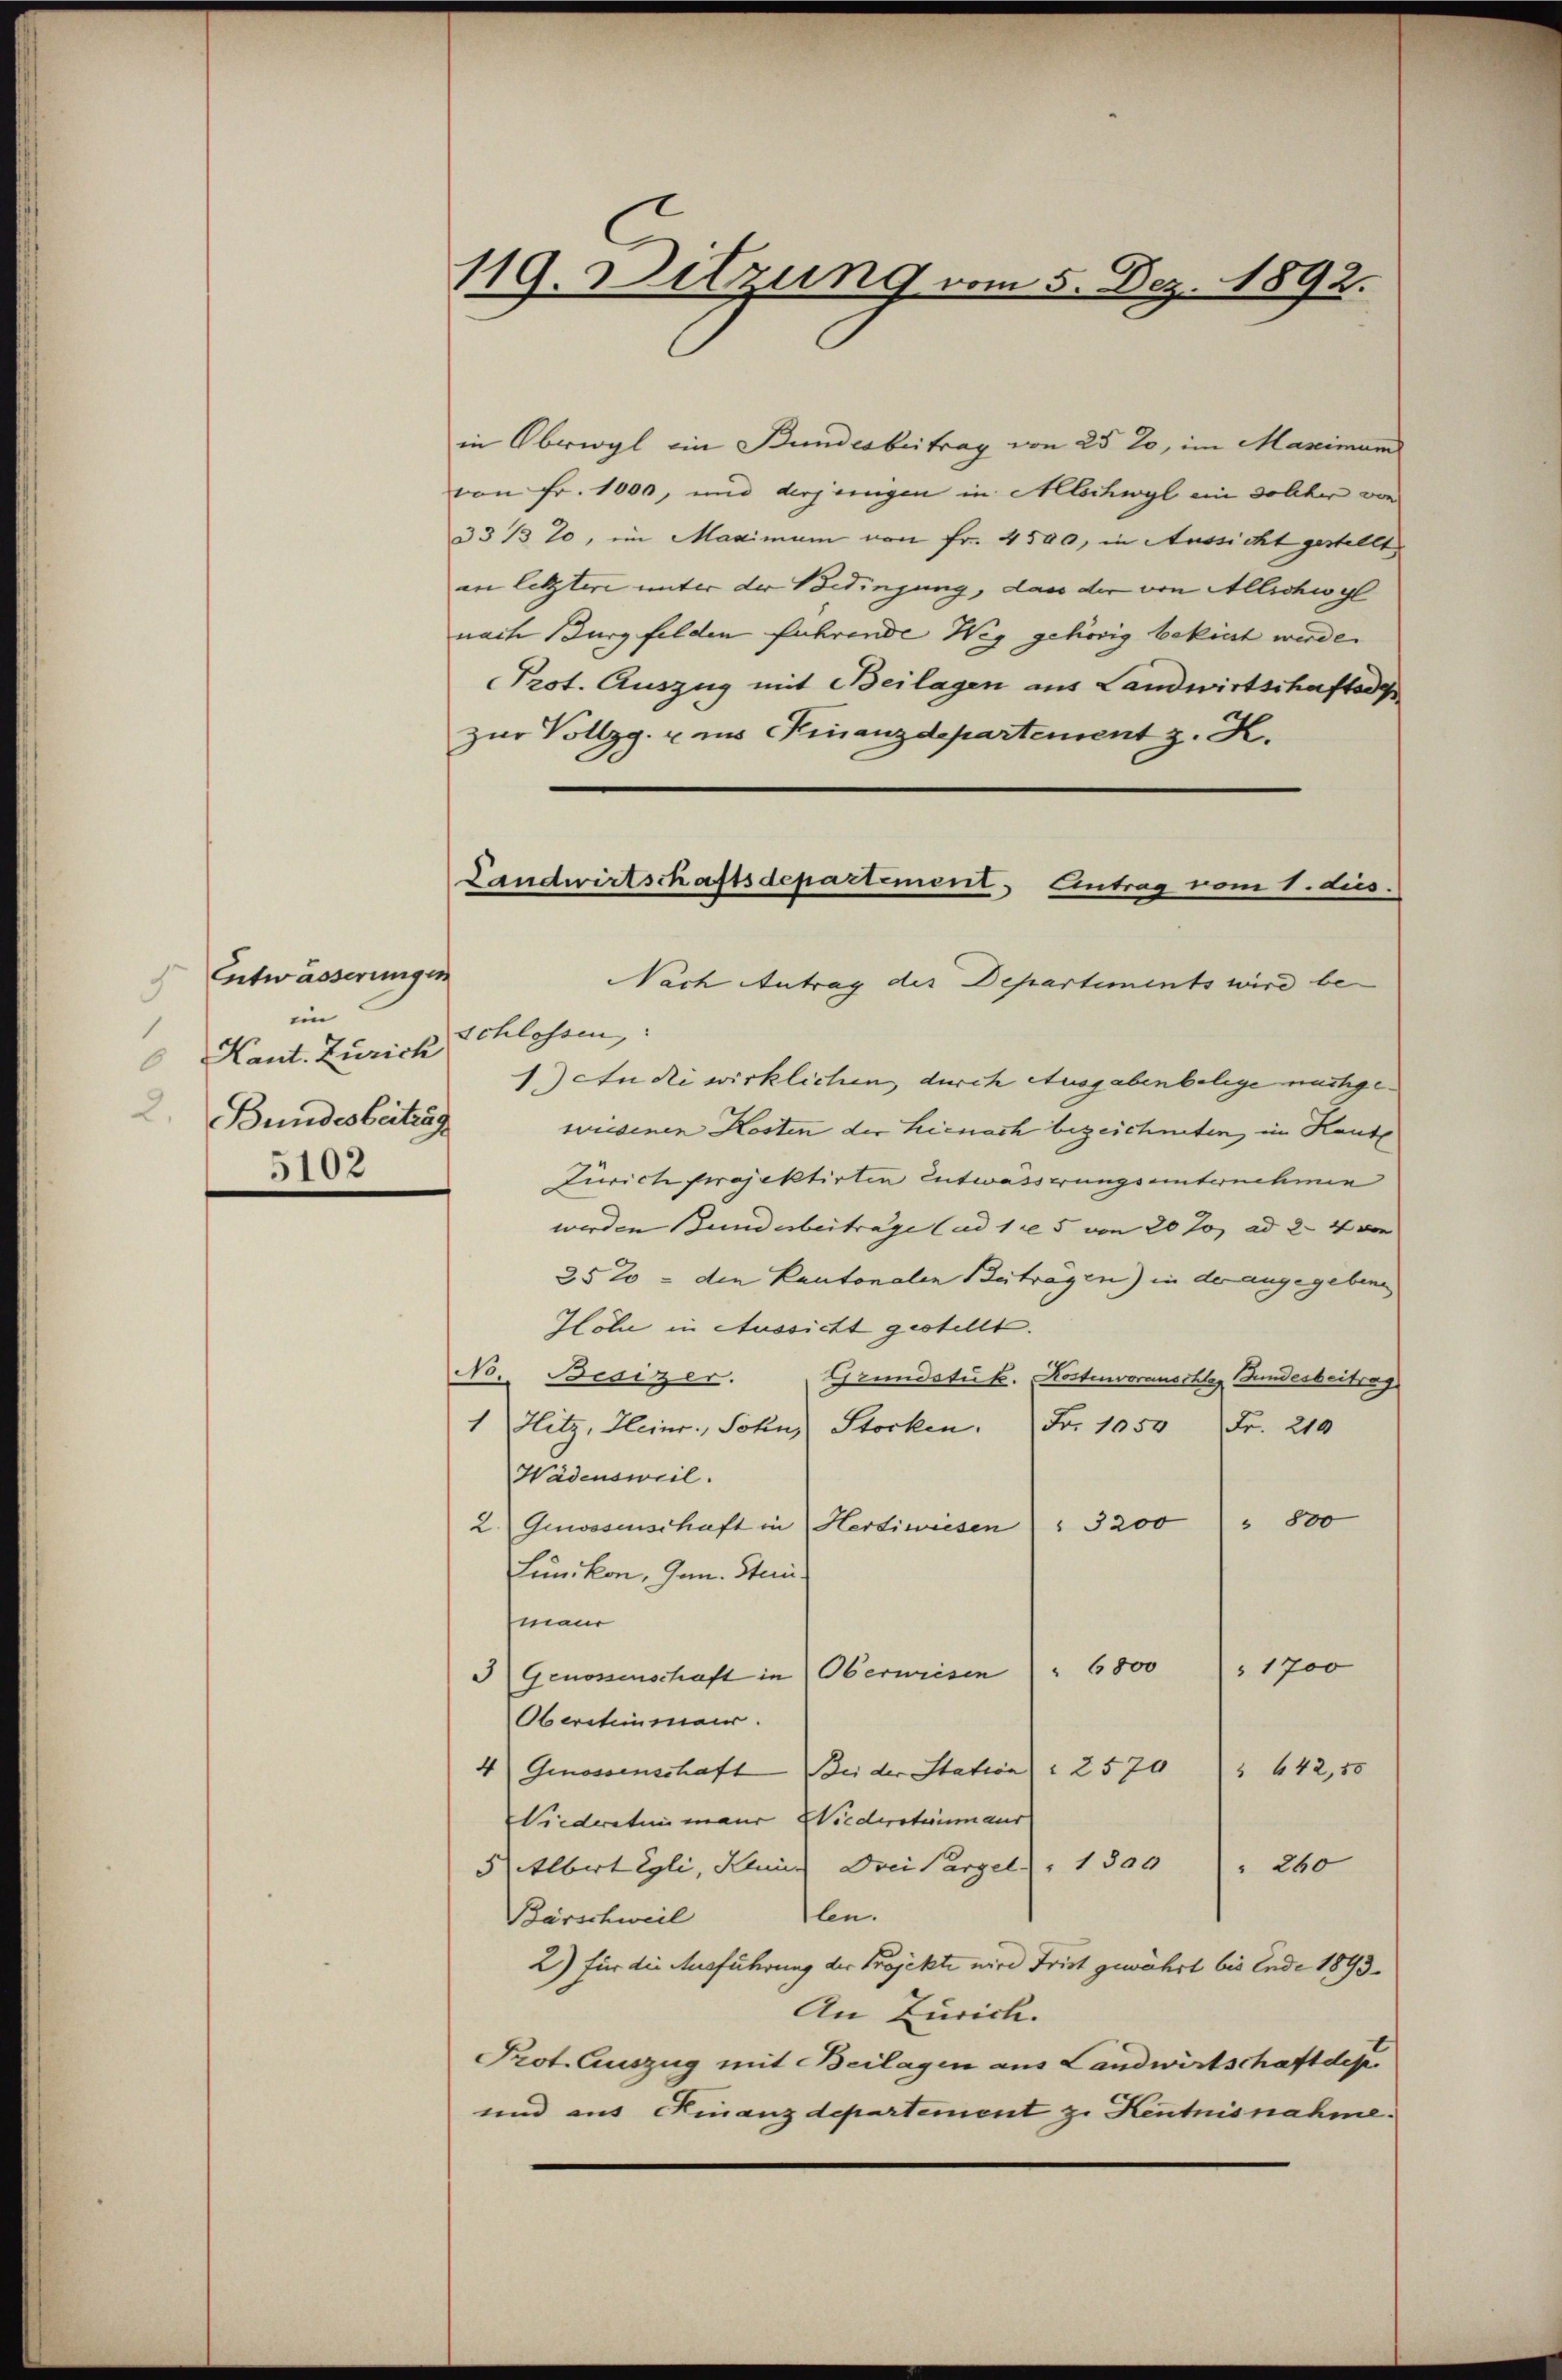
Entwässerungen
5
ein
 Kant. Zürich
2.
Bundesbeitrag
5102

119. Sitzung vom 5. Dez. 1892.

Landwirtschaftsdepartement, Eintrag vom 1. dies

in Oberwyl ein Bundesbeitrag von 25 20, im Mascimum
von Fr. 1000, und derjenigen in Allschwyl ein solcher von
33/3 20, im Maximum von Fr. 4500, in Aussicht gestellt
in letztere unter der Bedingung, das der von Allschwyl
nach Burgfelden führende Weg gehörig bekiest werde.
Prot. Auszug mit Beilagen aus Landwirtschaftsdep
zur Vollzg. u ins Finanzdepartement z. K.
Nach Antrag der Departiments wird be
schlossen,
1.) An die wirklichen, durch Ausgabenbelege nachgesundenen Kosten der Lienoch bezeichneten, im Haute
Zürich Projektirten Entwässerungsuntenchnen
werden Bunderbeiträge (ad 115 von 20 J. ad 2. 4 ve
252 - den Kantonalen Beitragen) in der angegebene
Ilöhne in Aussicht gestellt.
No Besizer. Grundstük. Kostenvorauschles Bundesbeitrag
1 Hitz, Heinr., Sohn Stocken. Fr. 1050 Fr. 210
Wädensweil.
2. Gewesenschaft in Hertiwiesen) " 3200 " " 800
Lünikon, Jan. Stein
man
6800
1700
Genossenschaft in Oberwiesen
Oberationmaur.
4 Genossenschaft Bei der Station " 2570 " 442, 18
Viederatenmaur Wiederstenmaur
5 Albert Egli, Klein Drei Parzel, 1 800                  "    260
llen.
Bärschweil
2) für die Ausführung der Projekte wird Frist gewährt bis Ende 1893.
An Zürich.
Prot. Auszug mit Beilagen aus Landwirtschaft dese
und aus Finanzdepartement zu Kentnisnahme.